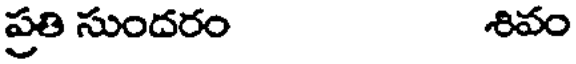
ప్రతి సుందరం శివం